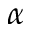
\alpha